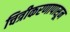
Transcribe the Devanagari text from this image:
चित्रीकरणापासून